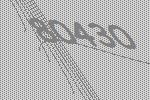
80430